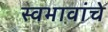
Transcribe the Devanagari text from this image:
स्वभावांचे